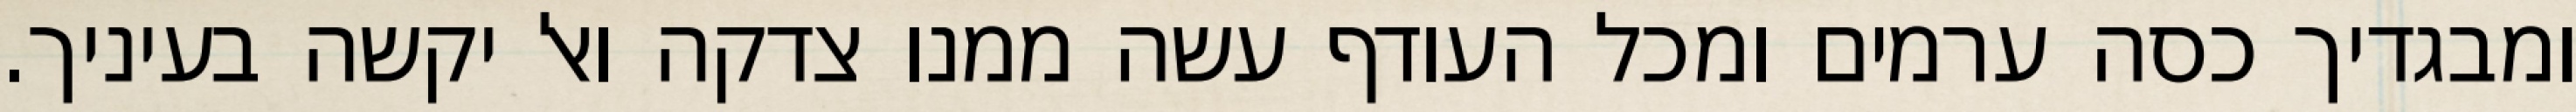
ומבגדיך כסה ערמים ומכל העודף עשה ממנו צדקה ואל יקשה בעיניך.